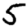
Digit: 5